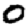
Digit: 0